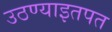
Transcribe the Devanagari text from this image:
उठण्याइतपत